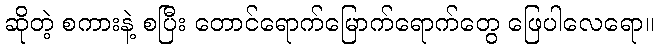
ဆိုတဲ့ စကားနဲ့ စပြီး တောင်ရောက်မြောက်ရောက်တွေ ဖြေပါလေရော။